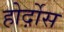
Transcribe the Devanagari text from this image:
होर्द़ोस